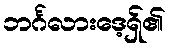
ဘင်္ဂလားဒေ့ရှ်၏